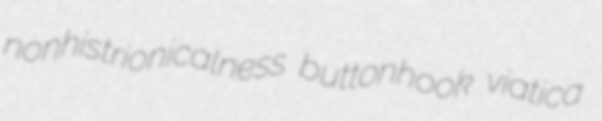
nonhistrionicalness buttonhook viatica